Malaria in the Duars
Disease focus: Malaria
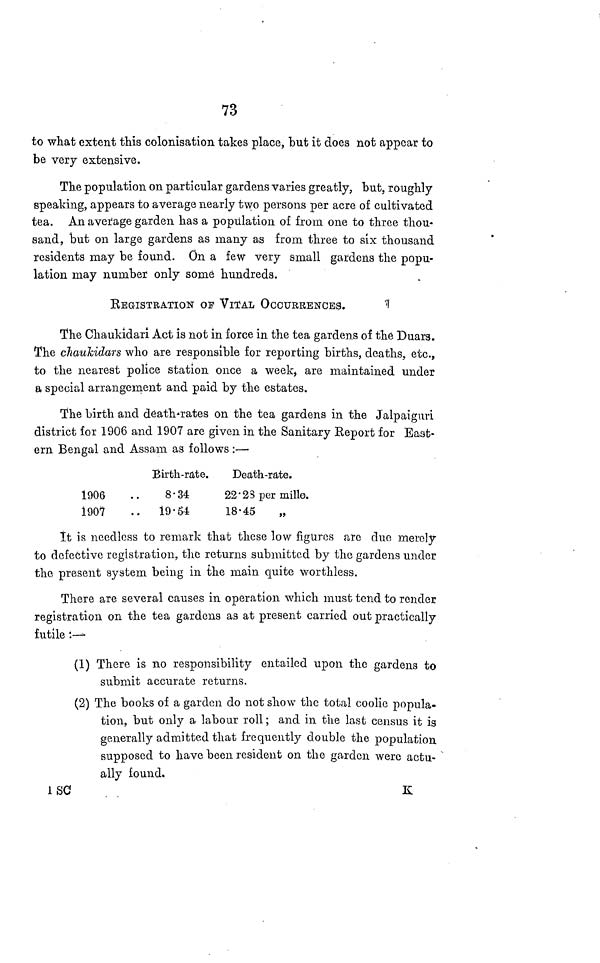
73
to what extent this colonisation takes place, but it does not appear to
be very extensive.
The population on particular gardens varies greatly, but, roughly
speaking, appears to average nearly two persons per acre of cultivated
tea. An aveiage garden has a population of from one to three thou-
sand, but on large gardens as many as from three to six thousand
residents may be found. On a few very small gardens the popu-
lation may number only some hundreds.
REGISTRATION OP VITAL OCCURRENCES.
The Chaukidari Act is not in force in the tea gardens of the Duara.
The chaukidars who are responsible for reporting births, deaths, etc.,
to the nearest police station once a week, are maintained under
a special arrangement and paid by the estates.
The birth and death rates on the tea gardens in the Jalpaiguri
district for 1906 and 1907 are given in the Sanitary Report for East-
ern Bengal and Assam as follows :—
1906
1907
Birth-rate,
8.34
19.54
Death-rate.
22.23 per millo.
18.45
„
It is needless to remark that these low figures are due merely
to defective registration, the returns submitted by the gardens under
the present system being in the main quite worthless.
There are several causes in operation which must tend to render
registration on the tea gardens as at present carried out practically
futile :—
(1) There is no responsibility entailed upon the gardens to
submit accurate returns.
(2) The books of a garden do not show the total coolie popula-
tion, but only a labour roll ; and in the last census it is
generally admitted that frequently double the population
supposed to have been resident on the garden were actu-
ally found.
ISC
K